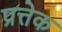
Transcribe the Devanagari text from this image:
प्रत्तेक